Leaving Certificate Examination, 1904
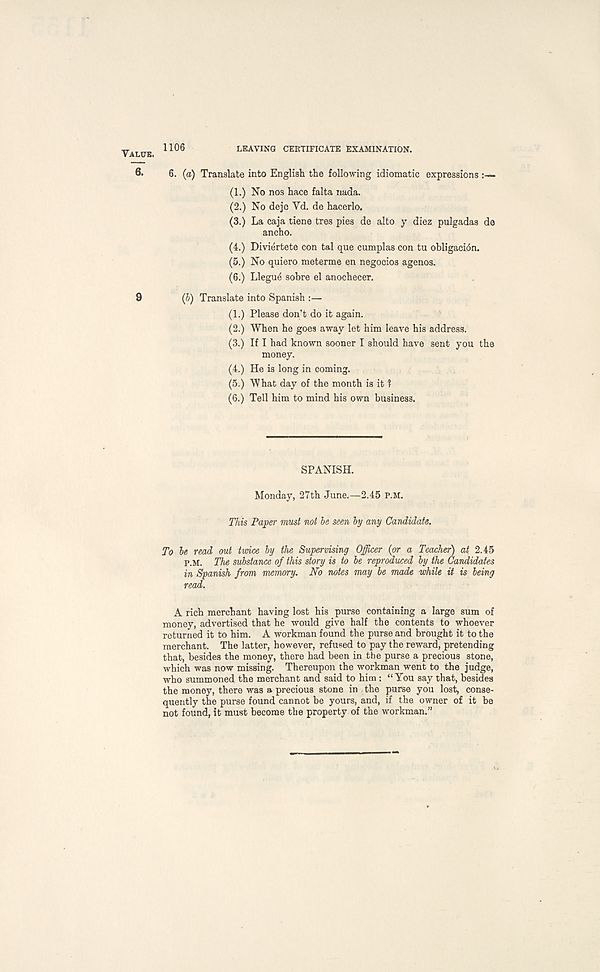
Valuk. 1106
LEAVING CERTIFICATE EXAMINATION.
6. (a) Translate into English the following idiomatic expressions :—
(1.) No nos hace falta nada.
(2.) No dejc Yd. de hacerlo.
(3.) La caja tiene tres pies de alto y diez pulgadas de
ancho.
(4.) Diviertete con tal que cumplas con tu obligaci6n.
(5.) No quiero meterme en negocios agenos.
(6.) Llegue sohre el anochecer.
9
(b) Translate into Spanish :—
(1.) Please don’t do it again.
(2.) When he goes away let him leave his address.
(3.) If I had known sooner I should have sent you the
money.
(4.) He is long in coming.
(5.) What day of the month is it ?
(6.) Tell him to mind his own business.
SPANISH.
Monday, 27th June.—2.45 p.m.
This Paper must not be seen by any Candidate.
To be read out twice by the Supervising Officer (or a Teacher) at 2.45
p.M. The substance of this story is to be reproduced by the Candidates
in Spanish from memory. No notes may be made while it is being
read.
A rich merchant having lost his purse containing a large sum of
money, advertised that he would give half the contents to whoever
returned it to him. A workman found the purse and brought it to the
merchant. The latter, however, refused to pay the reward, pretending
that, besides the money, there had been in the purse a precious stone,
which was now missing. Thereupon the workman went to the judge,
who summoned the merchant and said to him : “You say that, besides
the money, there was a precious stone in the purse you lost, conse-
quently the purse found cannot be yours, and, if the owner of it be
not found, it must become the property of the workman.”